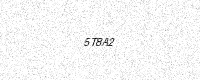
Text: 5T8A2